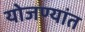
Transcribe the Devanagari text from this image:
योजण्यांत